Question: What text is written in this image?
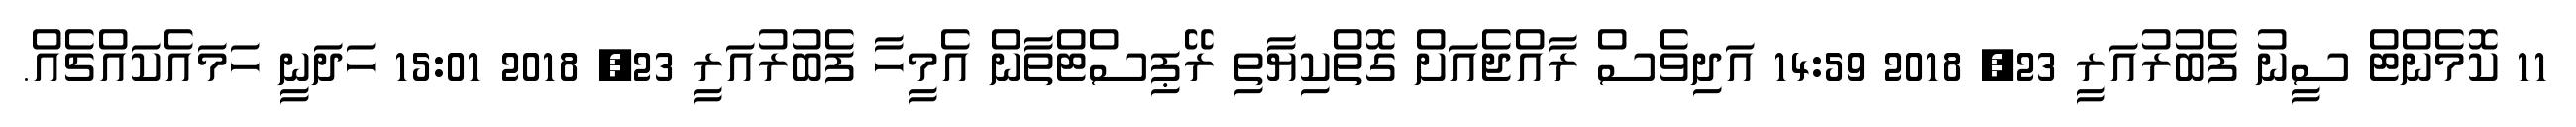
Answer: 11 ކޮމެންޓް ސީނު ފެބުރުއަރީ 23, 2018 14:59 އަދިވެސް ރާއްޖެއަށް ގޮތްކިޔާތި ރޭޕިސްޓްތާން އެމީހާ ފެބުރުއަރީ 23, 2018 15:01 ހަދަނީ ހަމައެކައްޗެއް.